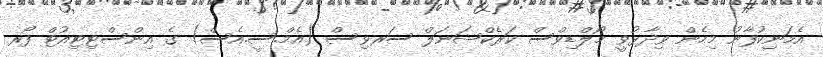
އެމަނިކުފާނު މިހެން ވިދާޅުވީ މޯލްޑިވްސް ކަރެކްޝަނަލް ސަރވިސް (އެމް.ސީ.އެސް) ގެ އިންސްޓިޓިއުޓް ފޯރ